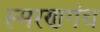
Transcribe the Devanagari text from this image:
स्मरणगंध